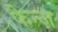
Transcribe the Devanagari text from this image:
फैन्ज़